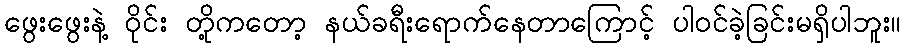
ဖွေးဖွေးနဲ့ ဝိုင်း တို့ကတော့ နယ်ခရီးရောက်နေတာကြောင့် ပါဝင်ခဲ့ခြင်းမရှိပါဘူး။